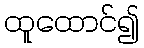
ထူထောင်၍